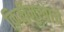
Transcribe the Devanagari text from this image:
किर्तीमुखाचे